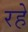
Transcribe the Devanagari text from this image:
रहेे